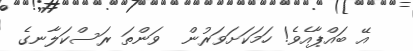
އޭ ބައްޕާއެވެ! ހަމަކަށަވަރުން  ވަންތަ ރަސްކަލާނގެ